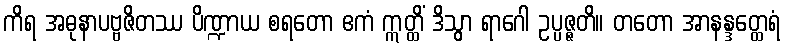
ကိရ အဓုနာပဗ္ဗဇိတဿ ပိဏ္ဍာယ စရတော ဧကံ ဣတ္ထိံ ဒိသွာ ရာဂေါ ဥပ္ပဇ္ဇတိ။ တတော အာနန္ဒတ္ထေရံ